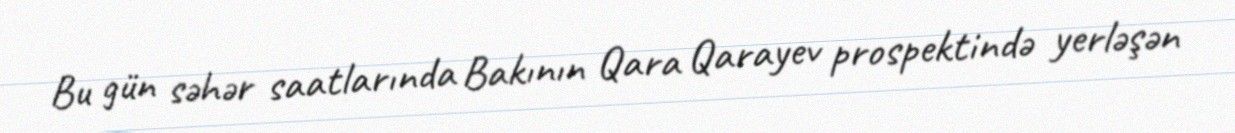
Bu gün səhər saatlarında Bakının Qara Qarayev prospektində yerləşən